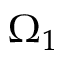
\Omega _ { 1 }